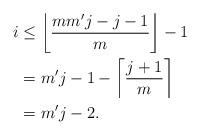
LaTeX: \begin{align*}i & \leq\left\lfloor\frac{mm'j-j-1}{m}\right\rfloor-1 \\ & =m'j-1-\left\lceil\frac{j+1}{m}\right\rceil \\ & =m'j-2.\end{align*}